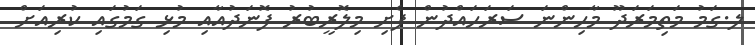
ލ.ގަމު މަތިމަރަދޫ މާހިންނަ ސަރަހައްދުން ފެށި މިލޮރީބުރު ފޮނަދުއާއި މުޅި ގަމުގައި ކުރިއަށް